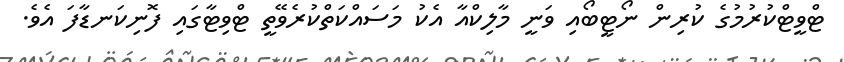
ޓްވީޓްކުރުމުގެ ކުރިން ނޯޓީބޯއި ވަނީ މާލިކްއާ އެކު މަސައްކަތްކުރެވޭތީ ޓްވިޓާގައި ފޮނިކަނޑާފަ އެވެ.